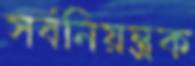
সর্বনিয়ন্ত্রক